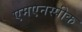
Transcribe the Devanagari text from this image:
एमएनस्पीक